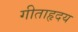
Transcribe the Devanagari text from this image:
गीताहृदय